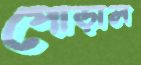
পোড়াল